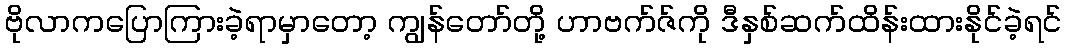
ဗိုလာကပြောကြားခဲ့ရာမှာတော့ ကျွန်တော်တို့ ဟာဗက်ဇ်ကို ဒီနှစ်ဆက်ထိန်းထားနိုင်ခဲ့ရင်